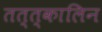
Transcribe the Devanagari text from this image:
तत्त्कालिन